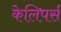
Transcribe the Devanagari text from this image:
केलिपर्स